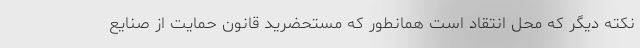
نکته دیگر که محل انتقاد است همانطور که مستحضرید قانون حمایت از صنایع